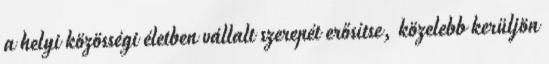
a helyi közösségi életben vállalt szerepét erősítse, közelebb kerüljön